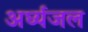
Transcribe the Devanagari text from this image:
अर्घ्यजल